Eesti_Vabariigi_Tartu_Ulikool, lk 7
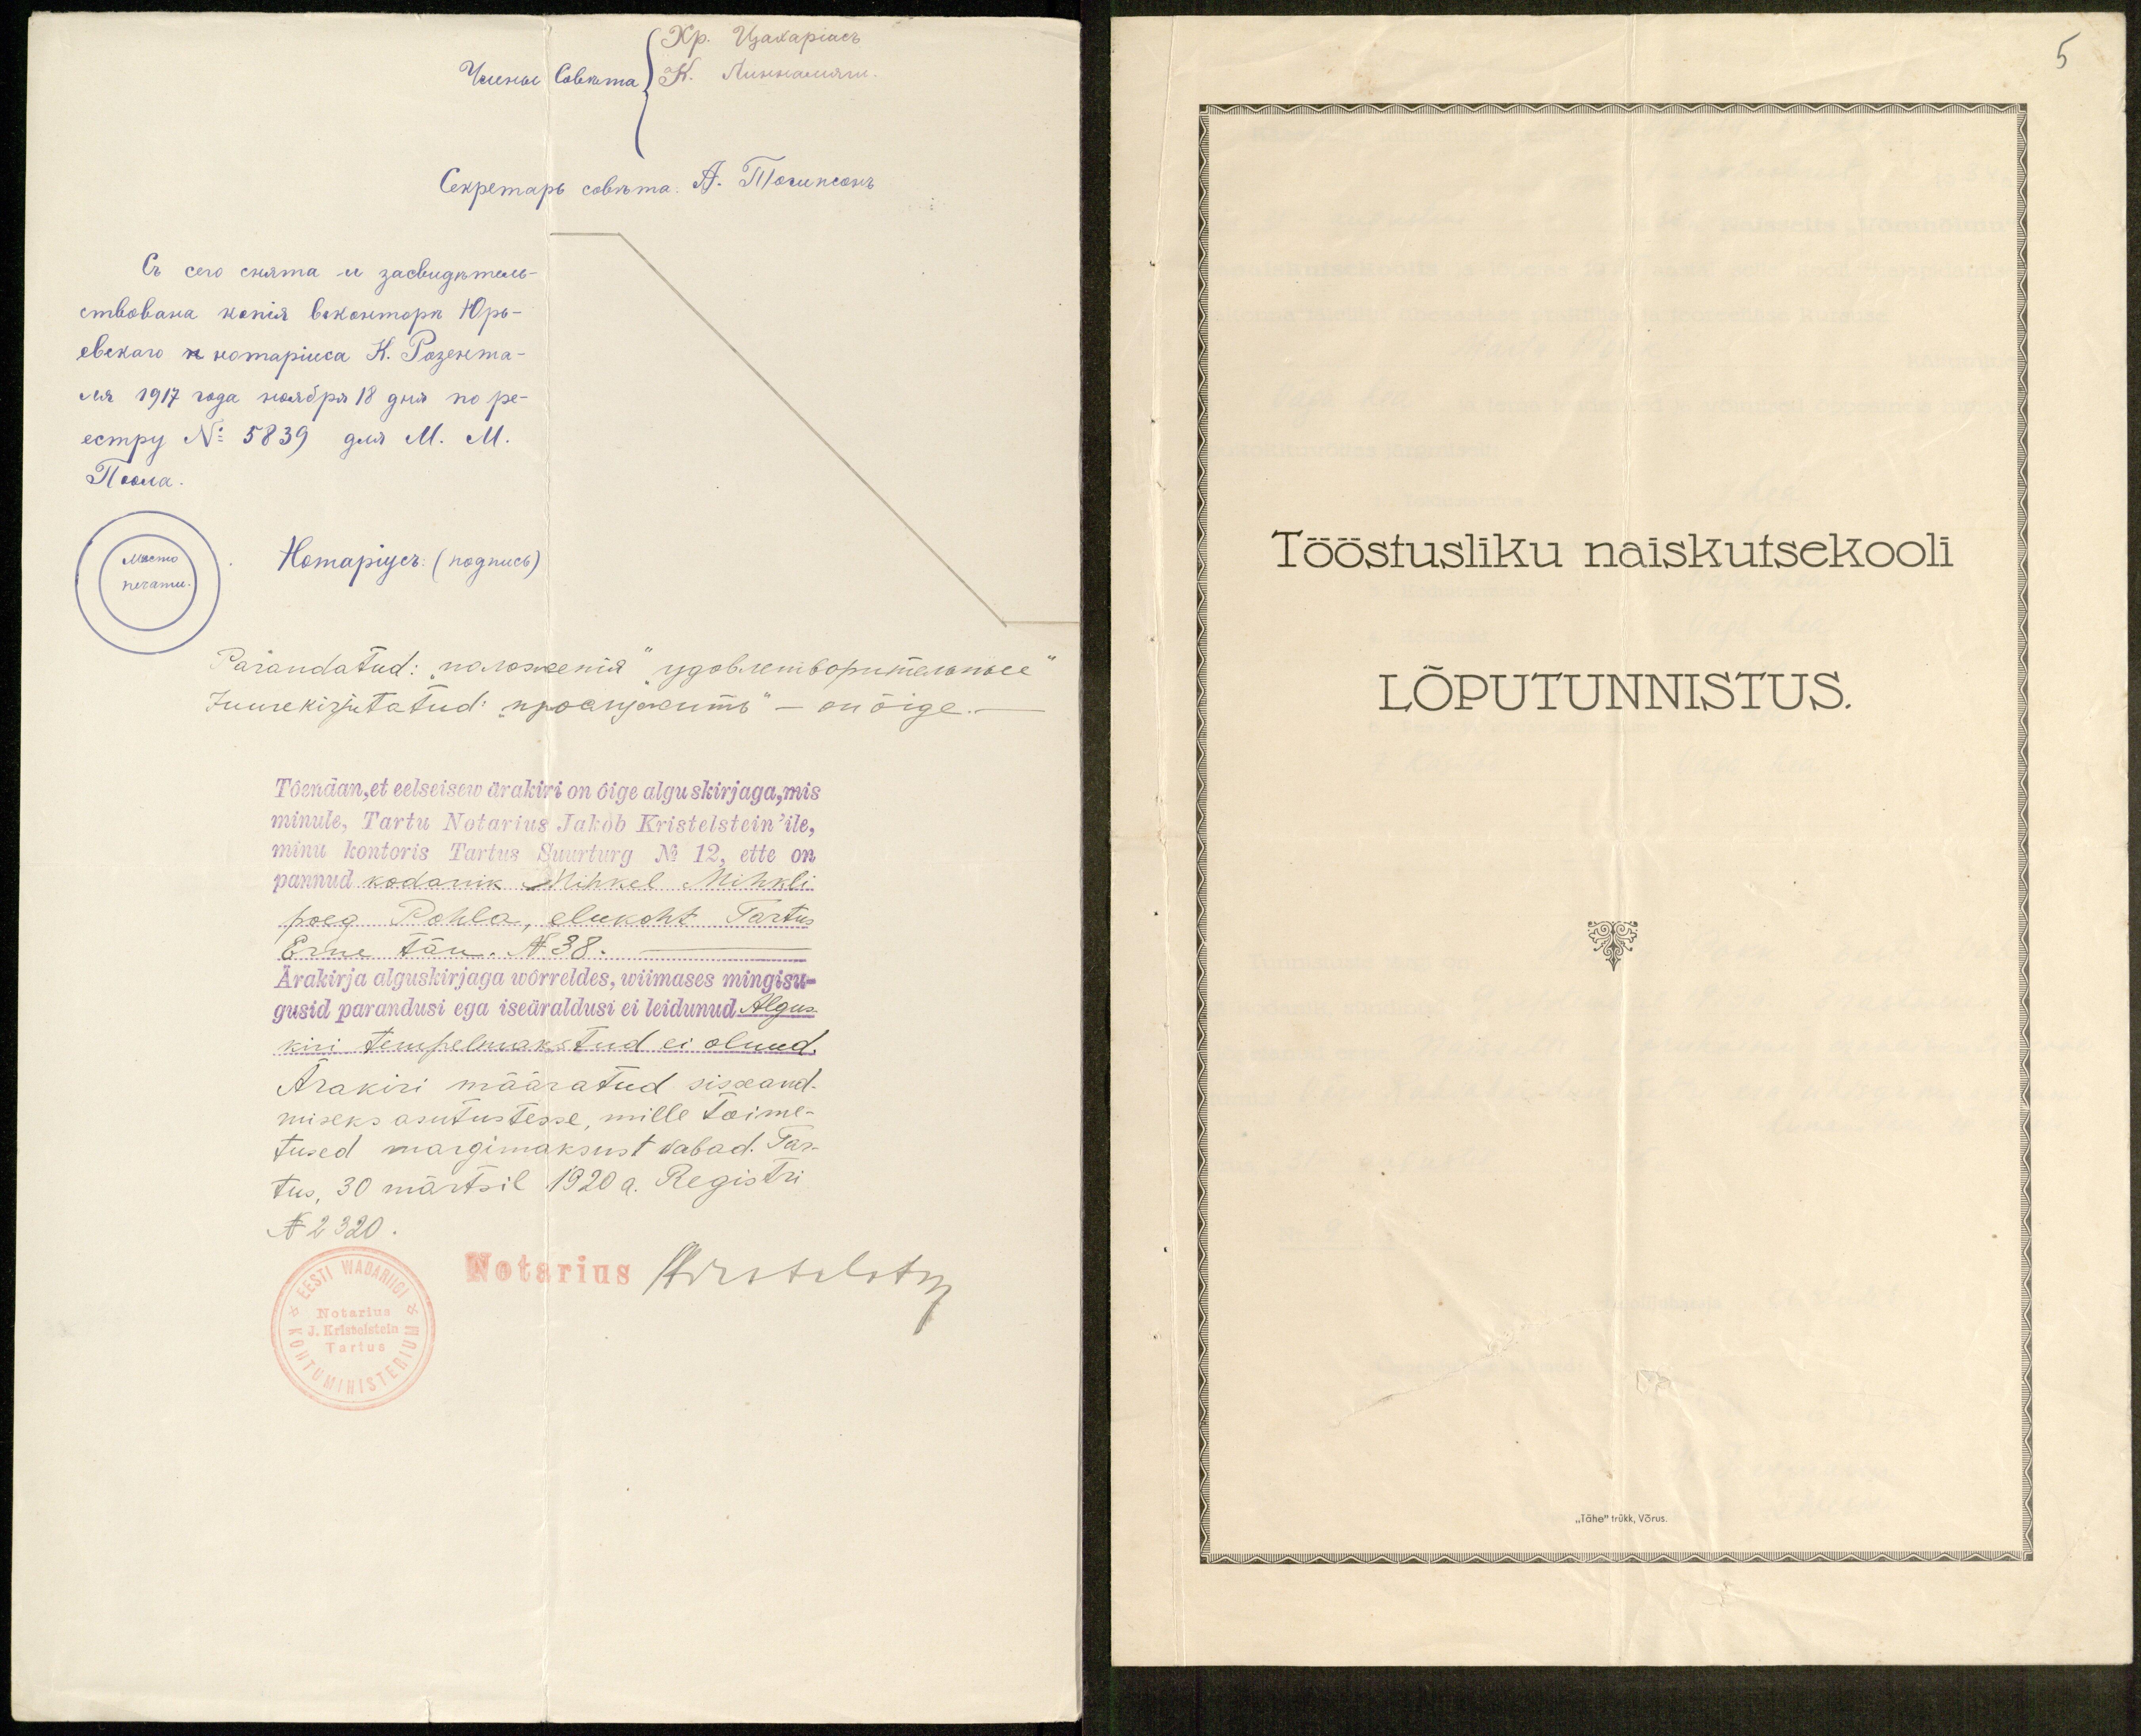
Parandatud: "погочения" дуоветворительееe
Juurekirjutatud "проапунанъ" - on õige.
Tõendan, et eelseisew ärakiri on õige alguskirjaga, mis
minule, Tartu Notarius Jakob Kristelstein'ile,
minu kontoris Tartus Suurturg No 12, ette on
pannud kodanik Mihkel Mihkli
poeg Pohla, elukoht Tartus
Erne tän. N38.
Ärakirja alguskirjaga wõrreldes, wiimases mingisu-
gusid parandusi ega iseäraldusi ei leidunud Algus-
kiri tempelmakstud ei olnud.
Ärakiri määratud sisseand-
miseks asutustesse, mille toime-
tused margimaksust wabad. Tar-
tus, 30 märtsil 1920 a. Registri
N 2320.
Notarius Kristelstein
"Notarius"
J. Kristelstein

5
Tööstusliku naiskutsekooli
Lõputunnistus.